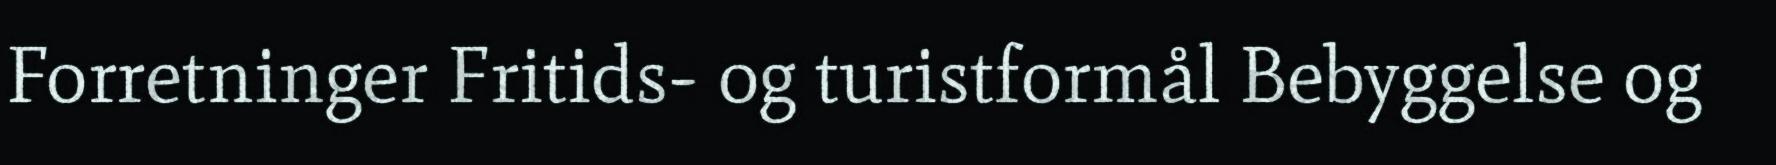
Forretninger Fritids- og turistformål Bebyggelse og